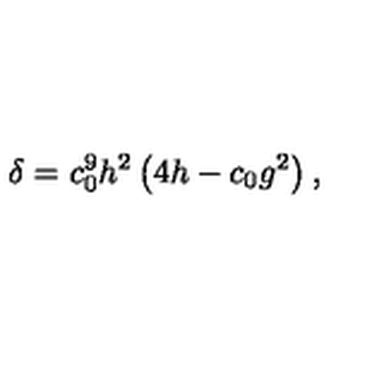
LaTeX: \delta = c _ { 0 } ^ { 9 } h ^ { 2 } \left( 4 h - c _ { 0 } g ^ { 2 } \right) ,